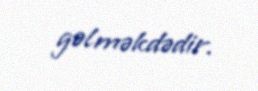
gəlməkdədir.